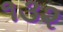
૧૩૨